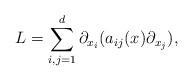
LaTeX: \begin{align*}L=\sum^d_{i,j=1}\partial_{x_i}(a_{ij}(x)\partial_{x_j}),\end{align*}